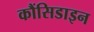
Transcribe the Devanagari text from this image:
कौंसिडाइन